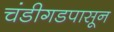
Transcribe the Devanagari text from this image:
चंडीगडपासून